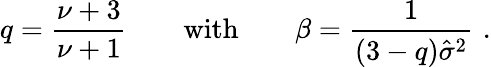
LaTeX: q=\frac{\nu+3}{\nu+1}\qquad\mathrm{with}\qquad\beta=\frac{1}{(3-q)\hat{\sigma}^{2}}\, \, .